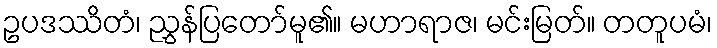
ဥပဒဿိတံ၊ ညွှန်ပြတော်မူ၏။ မဟာရာဇ၊ မင်းမြတ်။ တတူပမံ၊